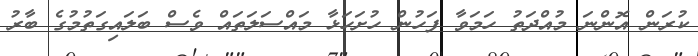
ކުރަން އޮންނަ މުއްދަތު ހަމަވާ ފަހުން ހުށަހަޅާ މައްސަލަތައް ވެސް ބަލައިގަތުމުގެ ބާރު